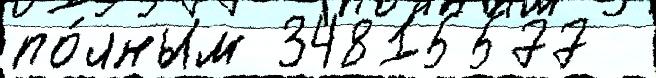
по́лным 34815577